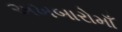
અખબારોમાઁ